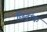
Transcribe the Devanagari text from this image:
छिद्रांक